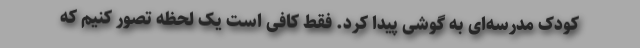
کودک مدرسه‌ای به گوشی پیدا کرد. فقط کافی است یک لحظه تصور کنیم که